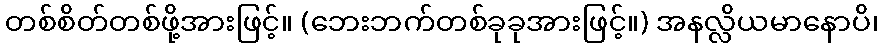
တစ်စိတ်တစ်ဖို့အားဖြင့်။ (ဘေးဘက်တစ်ခုခုအားဖြင့်။) အနလ္လိယမာနောပိ၊